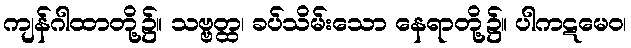
ကျန်ဂါထာတို့၌။ သဗ္ဗတ္ထ၊ ခပ်သိမ်းသော နေရာတို့၌။ ပါကဋမေဝ၊